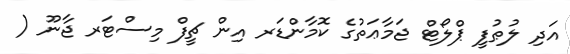
އަދި ލުޠުފީ ޕްލޯޓް ޖަމާޢަތުގެ ކޮމާންޑަރ އިން ޗީފް މިސްޓަރ ޖާނޫ (